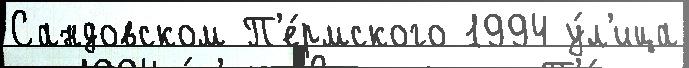
Сандовском П'е́рмского 1994 у́л'ица